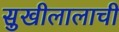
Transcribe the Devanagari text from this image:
सुखीलालाची